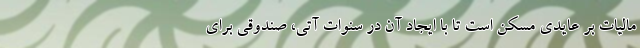
مالیات بر عایدی مسکن است تا با ایجاد آن در سنوات آتی، صندوقی برای